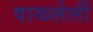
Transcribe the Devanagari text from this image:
वाळलेलीं